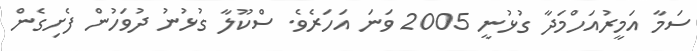
ސަމާ އަމީރުއަހްމަދާ ގުޅުނީ 2005 ވަނަ އަހަރެވެ. ސްކޫލާ ގުޅުނު ދުވަހުން ފެށިގެން